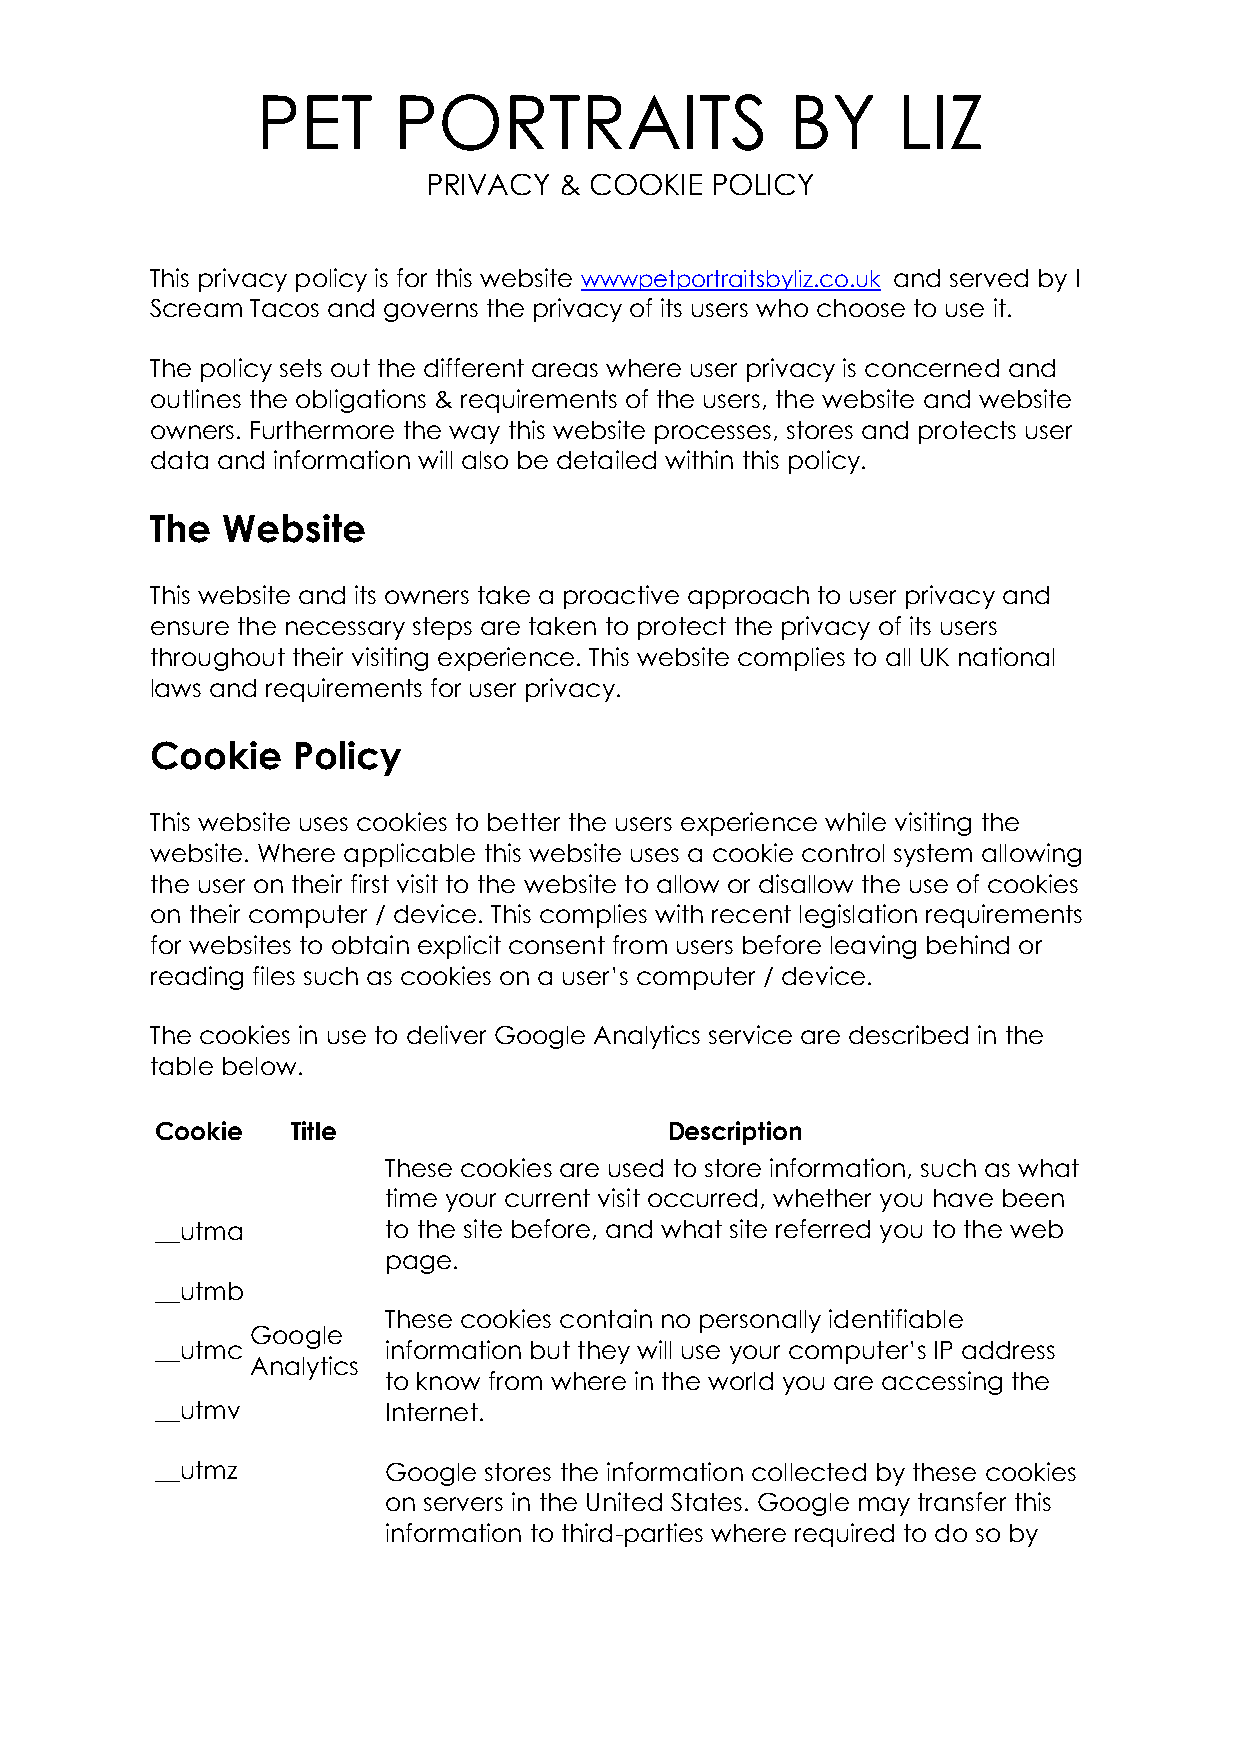
PET      PORTRAITS                 BY     LIZ
 PRIVACY  & COOKIE  POLICY
 This privacy policy is for this website wwwpetportraitsbyliz.co.uk and served by I
 Scream Tacos and governs the privacy of its users who choose to use it.
 The policy sets out the different areas where user privacy is concerned and
 outlines the obligations & requirements of the users, the website and website
 owners. Furthermore the way this website processes, stores and protects user
 data and information will also be detailed within this policy.
 The  Website
 This website and its owners take a proactive approach to user privacy and
 ensure the necessary steps are taken to protect the privacy of its users
 throughout their visiting experience. This website complies to all UK national
 laws and requirements for user privacy.
 Cookie   Policy
 This website uses cookies to better the users experience while visiting the
 website. Where applicable this website uses a cookie control system allowing
 the user on their first visit to the website to allow or disallow the use of cookies
 on their computer / device. This complies with recent legislation requirements
 for websites to obtain explicit consent from users before leaving behind or
 reading files such as cookies on a user’s computer / device.
 The cookies in use to deliver Google Analytics service are described in the
 table below.
 Cookie   Title                    Description
 These cookies are used to store information, such as what
 time your current visit occurred, whether you have been
 __utma         to the site before, and what site referred you to the web
 page.
 __utmb
 These cookies contain no personally identifiable
 Google
 __utmc         information but they will use your computer’s IP address
 Analytics
 to know from where in the world you are accessing the
 __utmv         Internet.
 __utmz         Google stores the information collected by these cookies
 on servers in the United States. Google may transfer this
 information to third-parties where required to do so by